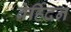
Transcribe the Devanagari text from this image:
वेर्हिदन